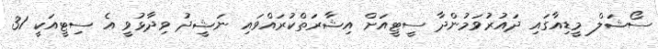
ސޯޝަލް މީޑިއާގައި ދައުރުވަމުންދާ ސީޓީއަށް އިޝާރަތްކުރައްވައި ނަޝީދު ވިދާޅުވީ އެ ސިޓީއަކީ 31